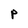
Character: P